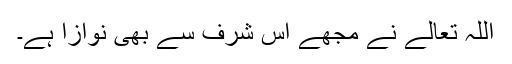
اللہ تعالےٰ نے مجھے اس شرف سے بھی نوازا ہے۔